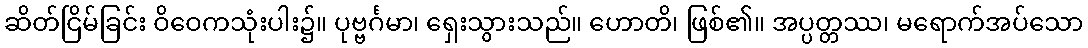
ဆိတ်ငြိမ်ခြင်း ဝိဝေကသုံးပါး၌။ ပုဗ္ဗင်္ဂမာ၊ ရှေးသွားသည်။ ဟောတိ၊ ဖြစ်၏။ အပ္ပတ္တဿ၊ မရောက်အပ်သော